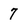
Character: 7